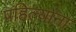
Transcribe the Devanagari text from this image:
पहिल्यांना